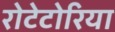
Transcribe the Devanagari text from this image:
रोटेटोरिया